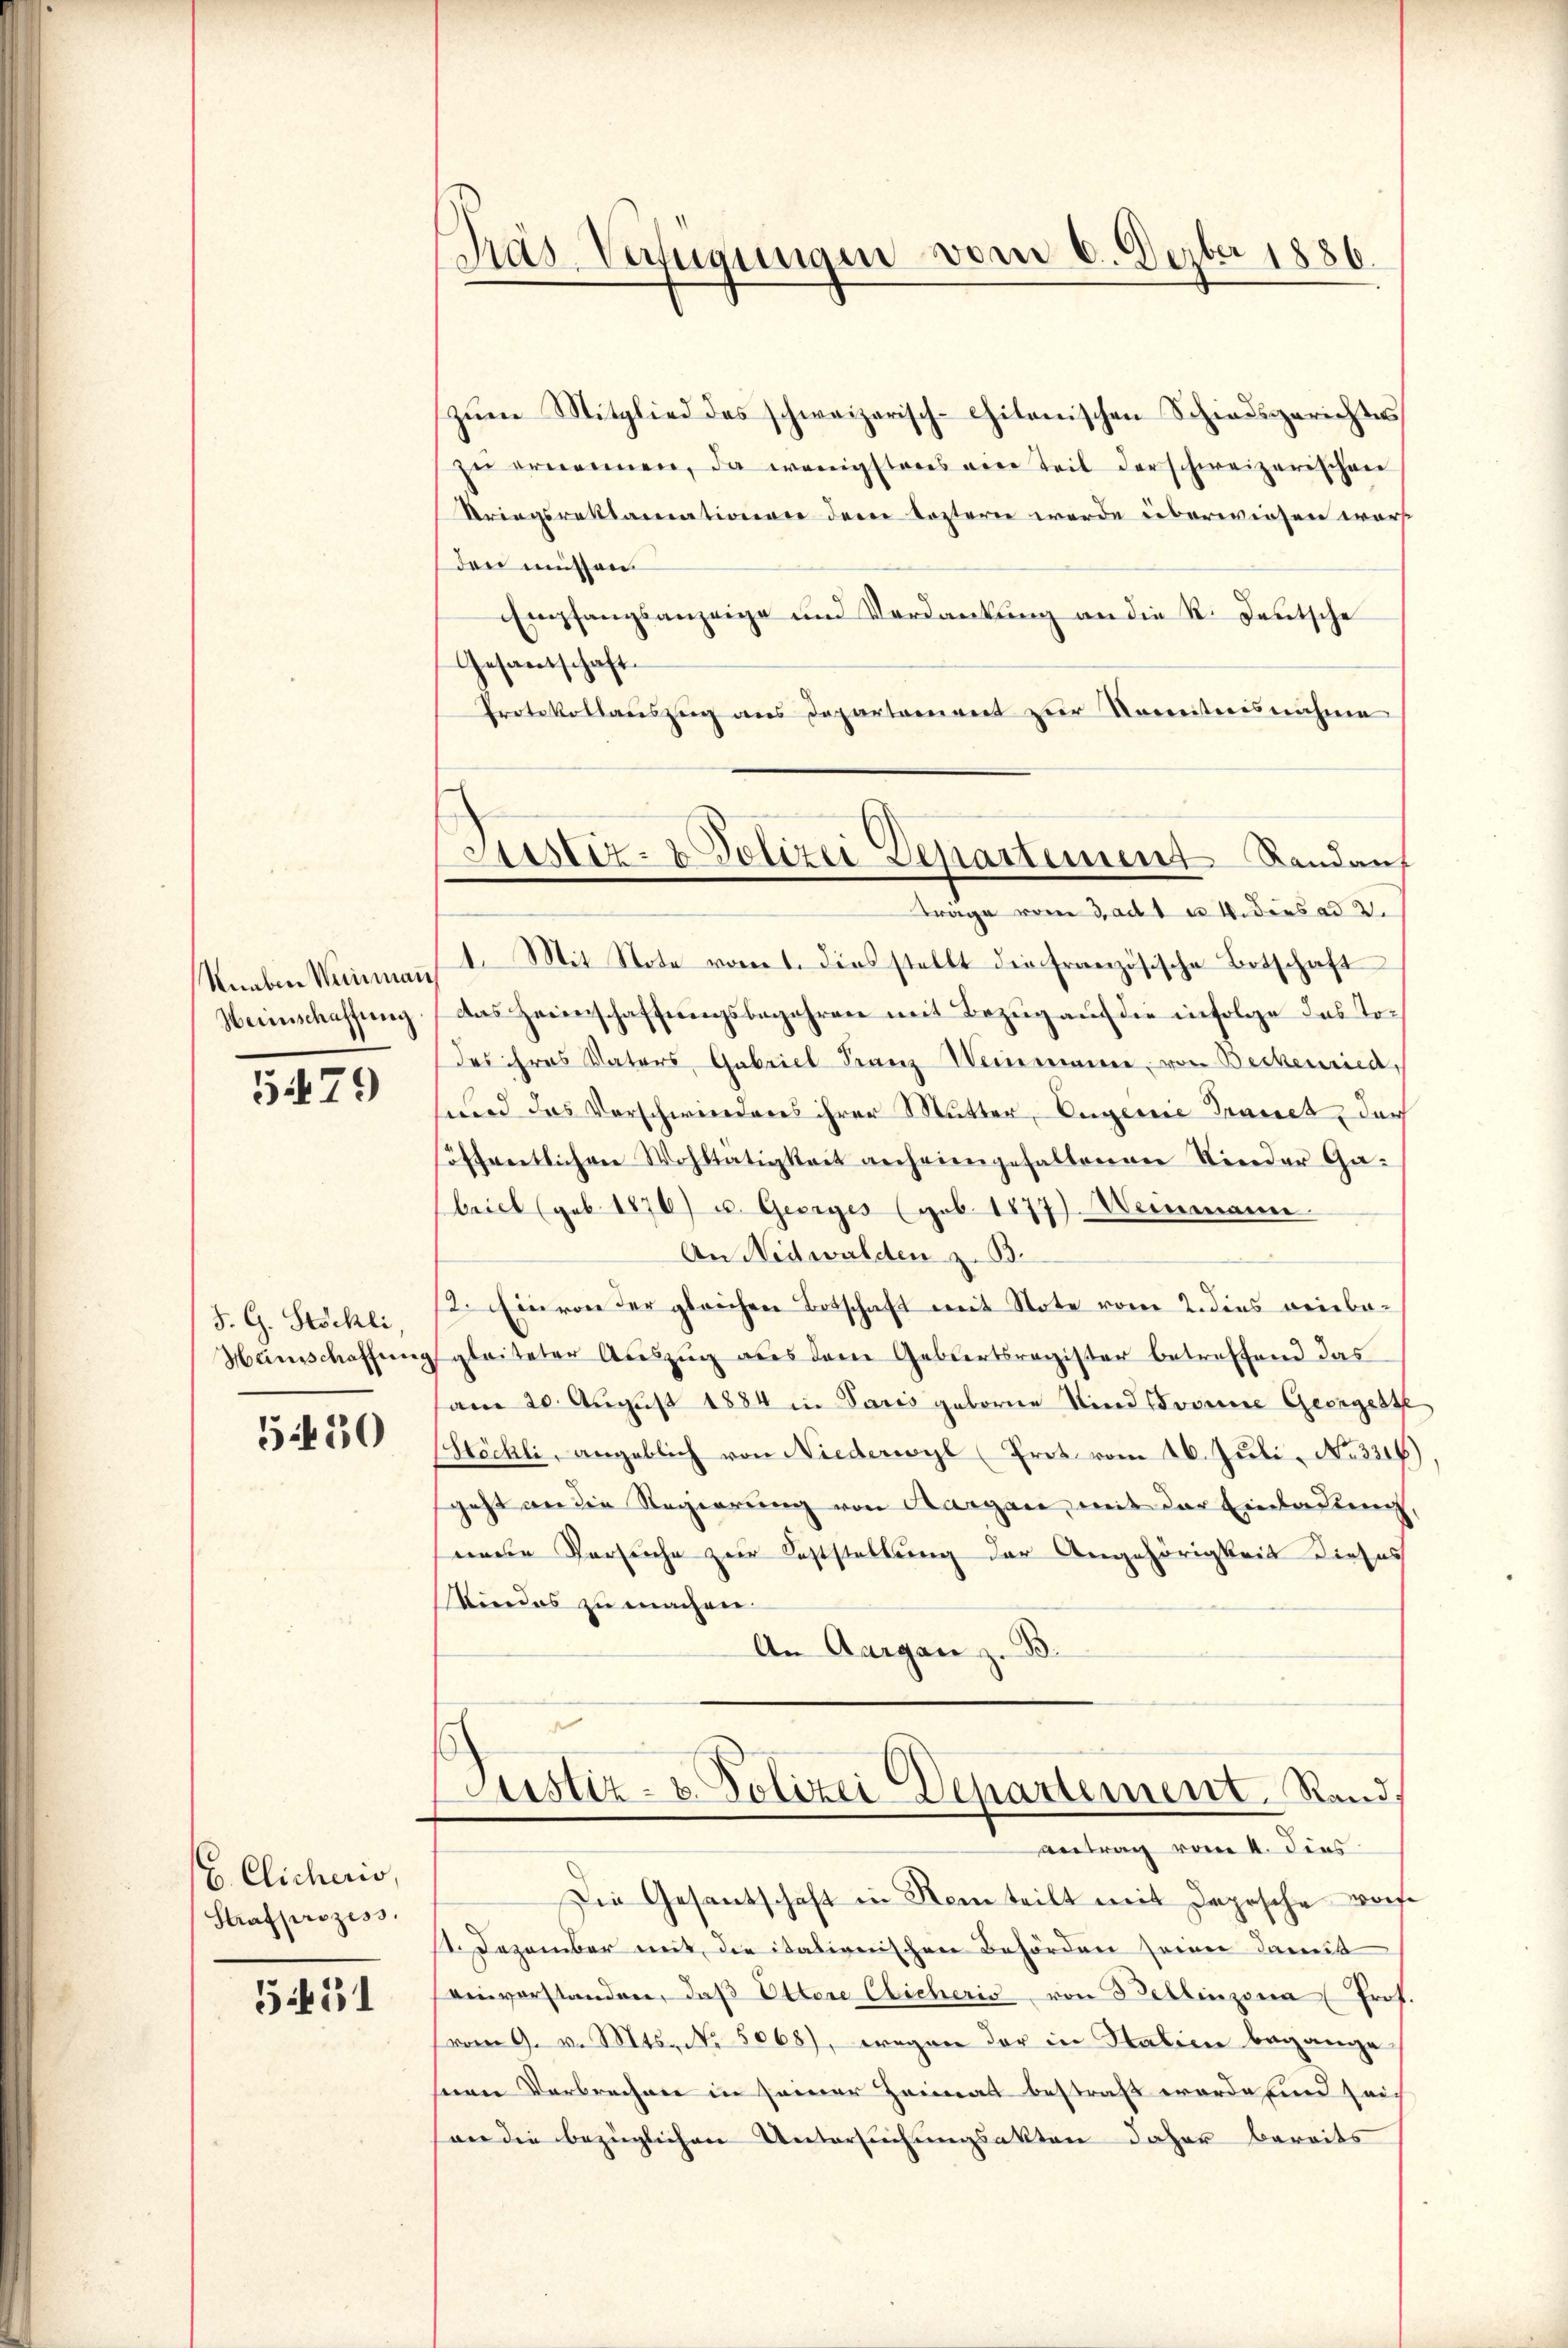
Nneben Weinmann
Heimschaffung

579

J. G. Stöckli
Heinschaffung

5450

C. Clicheris
Strafprozess

551

Das Verfügungen vom 6. Dezbr 1886.

Justiz- & Polizei Departement Landauf
Träge vom 3. ad 1 u. 4. dies ad 2.

zŭm Mitglied des schweizerisch-chitanischen Schiedsgerichtes
zŭ ernennen, da wenigsteres von Teil der schweizerischen
Kriegsreklamationen dem testern werde überwiesen warst
den müssen
Empfangsanzeige und Verdankung an die R. Deutsche
Gesandtschaft
Protokollauszug aus Departament zur Namentnisnahme
1. Mit Note vom 1. Dies stellt die Französische Botschaft
das Heimschaffŭngsbegehren mit Bezŭg aŭf die infolge das To¬
Das ihres Vaters Gabriel Franz Weinmann, von Beckenried,
und das Vorschwinderes ihrer Mutter, Engereie Trauet, dur
höffentlichen Wohltätigkeit anheimgehaltenen Nieder Ga-
briet (geb. 1876) u. Georges (geb. 1877). Weinmann
An Nidwalden z. B.
12. Ein von der gleichen Botschaft mit Note vom 2. dies reinba-
gleiteter Auszug aus dem Gebiertsregister betreffend das
am 20. August 1884 in Paris geborne Kind vorne Georgeste
Höchli, angeblich von Niederwyl (Frot vom 16. Juli, No. 3316),
geht an die Regierung von Aargare, mit der Einladung
eede Versuche zur Feststellung der Angehörigkeit dieses
Mindes zu machen.
An Aargau z. B.

Justiz- u. Polizei Departement. Rand.
Antrag vom 4. dies

Die Gesantschaft in Nein teilt mit Depesche woh
1. Dezember mit die italienischen Behörden seiner damit
einverstanden, daβ Ottere Elicheris von 3 Dellinzona (Prof.
vom 9. v. Mts. No. 5068), wegen der in Stalien begange
seen Verbrechen in seiner Heimat bestraß werde sind leich
an die bezüglichen Untersuchungsakten daher bereits